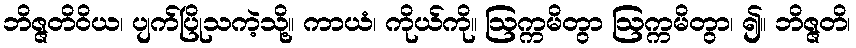
ဘိဇ္ဇတိဝိယ၊ ပျက်ပြိုသကဲ့သို့။ ကာယံ၊ ကိုယ်ကို။ ဩက္ကမိတွာ ဩက္ကမိတွာ၊ ၍။ ဘိဇ္ဇတိ၊